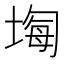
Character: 𡎧